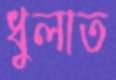
ধুলাত